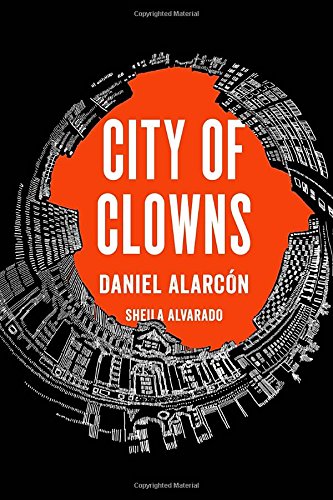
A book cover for City of Clowns; Daniel AlarcÃ³n; Literature & Fiction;